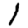
Digit: 1